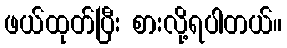
ဖယ်ထုတ်ပြီး စားလို့ရပါတယ်။